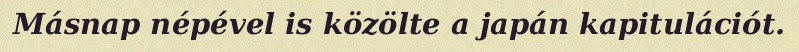
Másnap népével is közölte a japán kapitulációt.